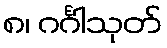
၈၊ ဂင်္ဂါသုတ်